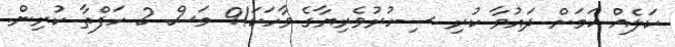
ކަލެއް ކަމަށް ދައުވާ ކުރި ސިހުރުވެރިޔާގެ ވާހަކަ!9 މަސް 2 ހަފްތާ ކުރިން.